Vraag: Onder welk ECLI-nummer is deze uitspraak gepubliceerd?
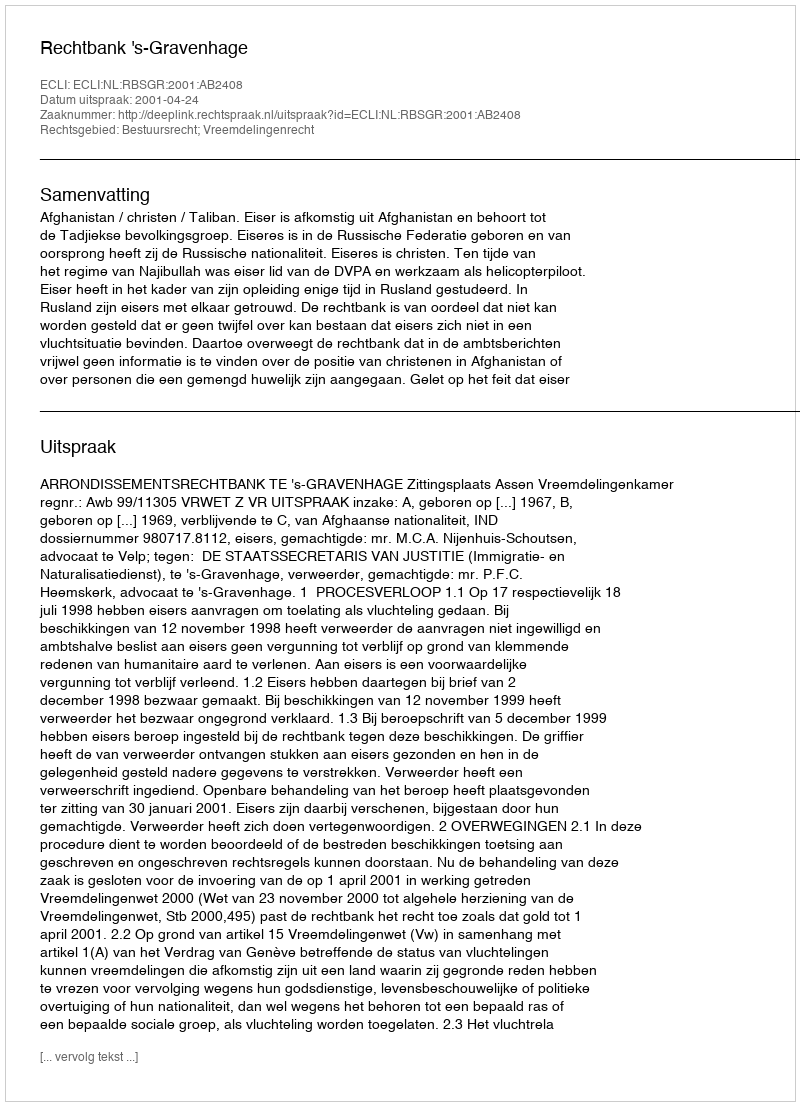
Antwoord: ECLI:NL:RBSGR:2001:AB2408